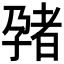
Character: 𫲬